Vaccination in Bombay 1869-1873 - 1869-1873
Year: 1869
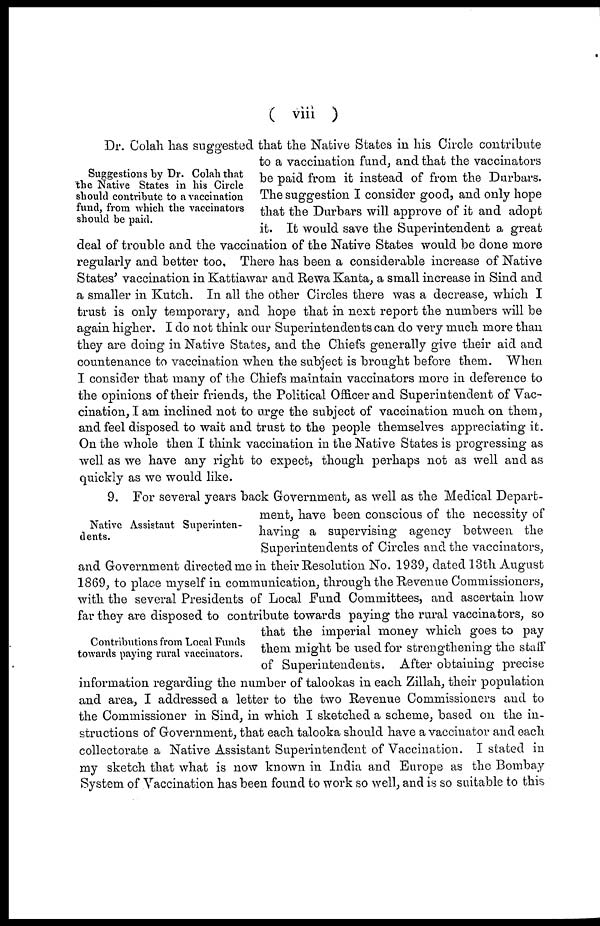
( viii )
Suggestions by Dr. Colah that
the Native States in his Circle
should contribute to a vaccination
fund, from which the vaccinators
should be paid.
Dr. Colah has suggested that the Native States in his Circle contribute
to a vaccination fund, and that the vaccinators
be paid from it instead of from the Durbars.
The suggestion I consider good, and only hope
that the Durbars will approve of it and adopt
it. It would save the Superintendent a great
deal of trouble and the vaccination of the Native States would be done more
regularly and better too. There has been a considerable increase of Native
States' vaccination in Kattiawar and Rewa Kanta, a small increase in Sind and
a smaller in Kutch. In all the other Circles there was a decrease, which I
trust is only temporary, and hope that in next report the numbers will be
again higher. I do not think our Superintendents can do very much more than
they are doing in Native States, and the Chiefs generally give their aid and
countenance to vaccination when the subject is brought before them. When
I consider that many of the Chiefs maintain vaccinators more in deference to
the opinions of their friends, the Political Officer and Superintendent of Vac-
cination, I am inclined not to urge the subject of vaccination much on them,
and feel disposed to wait and trust to the people themselves appreciating it.
On the whole then I think vaccination in the Native States is progressing as
well as we have any right to expect, though perhaps not as well and as
quickly as we would like.
Native Assistant Superinten-
dents.
Contributions from Local Funds
towards paying rural vaccinators.
9. For several years back Government, as well as the Medical Depart-
ment, have been conscious of the necessity of
having a supervising agency between the
Superintendents of Circles and the vaccinators,
and Government directed me in their Resolution No. 1939, dated 13th August
1869, to place myself in communication, through the Revenue Commissioners,
with the several Presidents of Local Fund Committees, and ascertain how
far they are disposed to contribute towards paying the rural vaccinators, so
that the imperial money which goes to pay
them might be used for strengthening the staff
of Superintendents. After obtaining precise
information regarding the number of talookas in each Zillah, their population
and area, I addressed a letter to the two Revenue Commissioners and to
the Commissioner in Sind, in which I sketched a scheme, based on the in-
structions of Government, that each talooka should have a vaccinator and each
collectorate a Native Assistant Superintendent of Vaccination. I stated in
my sketch that what is now known in India and Europe as the Bombay
System of Vaccination has been found to work so well, and is so suitable to this